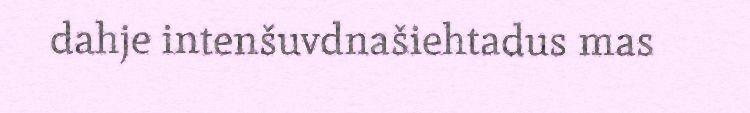
dahje intenšuvdnašiehtadus mas